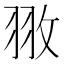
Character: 𮊻